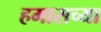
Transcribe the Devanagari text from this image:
हमासच्या